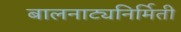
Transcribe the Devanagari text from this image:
बालनाट्यनिर्मिती